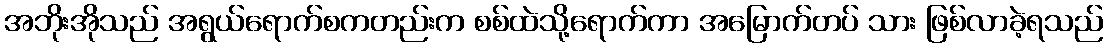
အဘိုးအိုသည် အရွယ်ရောက်စကတည်းက စစ်ထဲသို့ရောက်ကာ အမြောက်တပ် သား ဖြစ်လာခဲ့ရသည်